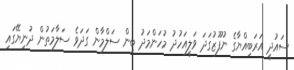
ސައުދީ އަރަބިއްޔާގެ ނުފޫޒުގަދަ ވަލީއަހުދު މުހަންމަދު ބިން ސަލްމާން ގަދަވެ ސަލާމަތުން ދުނިޔޭގައި